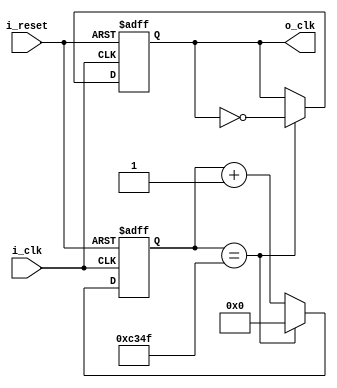
`timescale 1ns / 1ps

module ClockDivider_Digit(
    input i_clk,
    input i_reset,
    output o_clk
    );

    reg r_clk = 0;
    reg [31:0] r_counter = 0;
    assign o_clk = r_clk;

    always @(posedge i_clk or posedge i_reset) begin
        if(i_reset) begin
            r_clk <= 0;
            r_counter <= 0;
        end
        else begin
            if(r_counter == 50_000 -1) begin
                r_counter <= 0;
                r_clk <= ~r_clk;
            end
            else begin
                r_counter <= r_counter + 1;
            end
        end
    end
endmodule